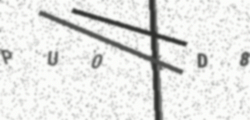
Text: PU0KD8